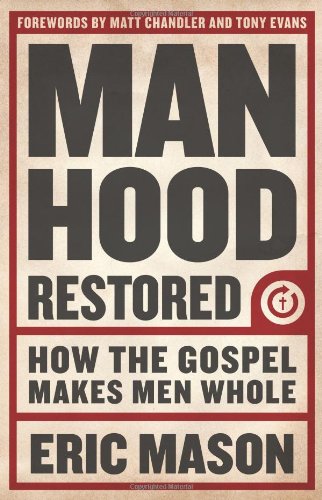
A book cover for Manhood Restored: How the Gospel Makes Men Whole; Eric Mason; Christian Books & Bibles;